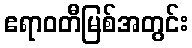
ဧရာဝတီမြစ်အတွင်း